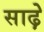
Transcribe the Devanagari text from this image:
साढ़़ेे